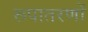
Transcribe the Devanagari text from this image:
रूपातरणों